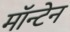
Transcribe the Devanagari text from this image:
मॉन्टेन